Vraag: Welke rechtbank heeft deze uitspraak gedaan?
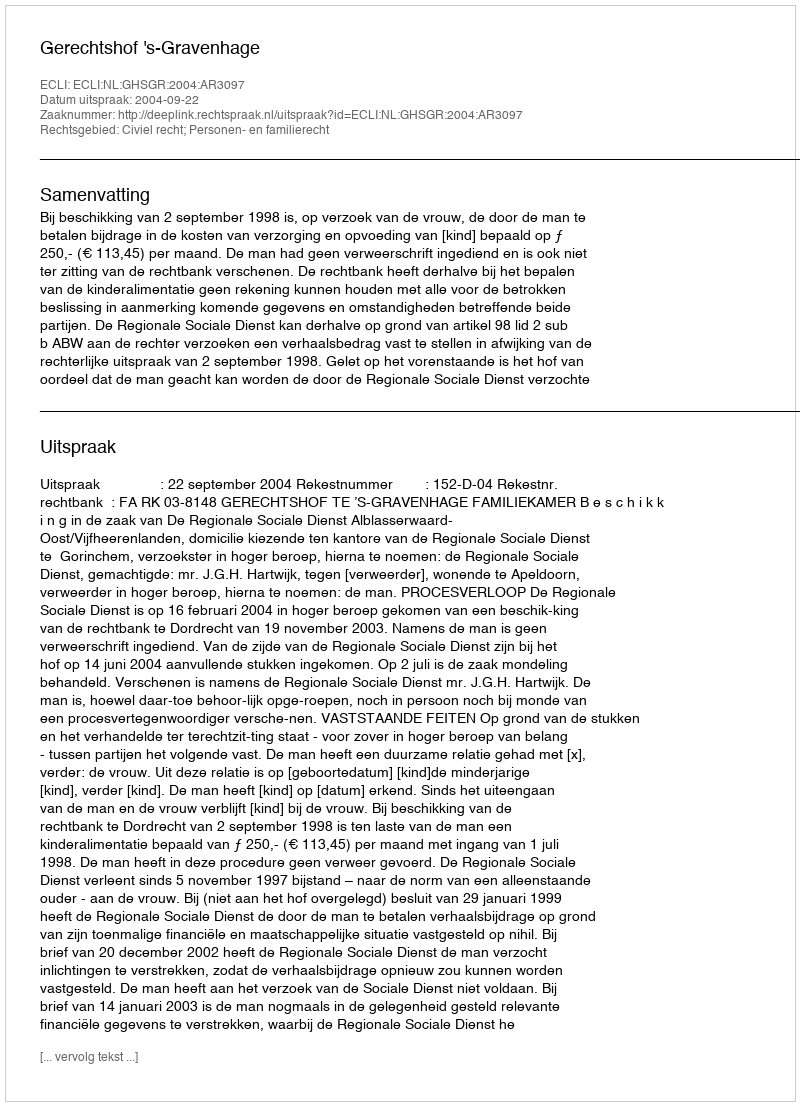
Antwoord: Gerechtshof 's-Gravenhage